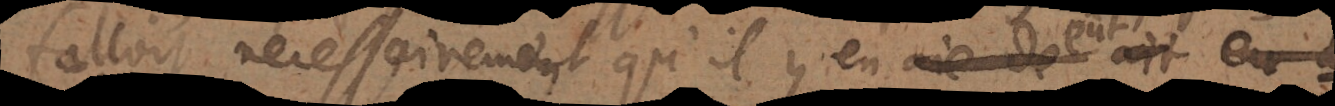
falloit necessairement qu’il y en aie de ait eu